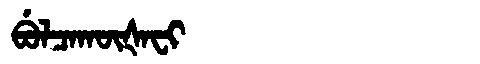
Manchu: ᠪᡠᠯᠴᠠᡴᡡᡧᠠᠸᡳ
Romanization: BULCAKŪŠAFI